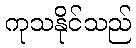
ကုသနိုင်သည်